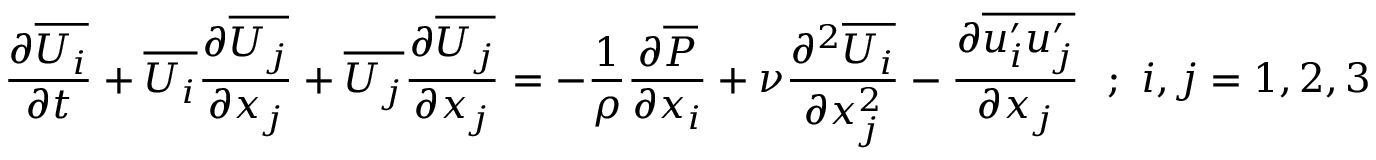
{ \frac { \partial \overline { { U _ { i } } } } { \partial t } } + \overline { { U _ { i } } } { \frac { \partial \overline { { U _ { j } } } } { \partial x _ { j } } } + \overline { { U _ { j } } } { \frac { \partial \overline { { U _ { j } } } } { \partial x _ { j } } } = - { \frac { 1 } { \rho } } { \frac { \partial \overline { { P } } } { \partial x _ { i } } } + \nu { \frac { \partial ^ { 2 } \overline { { U _ { i } } } } { \partial x _ { j } ^ { 2 } } } - { \frac { \partial \overline { { u _ { i } ^ { \prime } u _ { j } ^ { \prime } } } } { \partial x _ { j } } } ~ ~ ; ~ i , j = 1 , 2 , 3